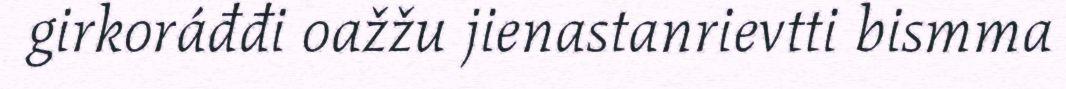
girkoráđđi oažžu jienastanrievtti bismma